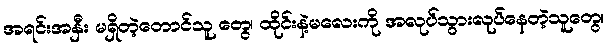
အရင်းအနှီး မရှိတဲ့တောင်သူ တွေ၊ ထိုင်းနဲ့မလေးကို အလုပ်သွားလုပ်နေတဲ့သူတွေ၊